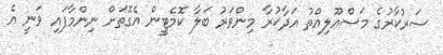
ސަރުކާރުގެ މަސްއޫލިއްތު އަދާކުރާ މިންވަރު ބަލާ ކޮމެޓީީން އެގޮތަށް ނިންމާފައި ވަނީ އެ